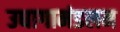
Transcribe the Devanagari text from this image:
उधागामंडलम